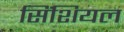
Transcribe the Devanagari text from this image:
सिंशियल